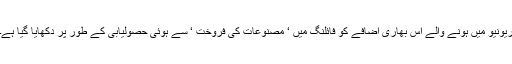
ریونیو میں ہونے والے اس بھاری اضافے کو فائلنگ میں ‘ مصنوعات کی فروخت ‘ سے ہوئی حصولیابی کے طور پر دکھایا گیا ہے۔